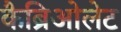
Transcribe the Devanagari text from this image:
कैब्रिओलेट